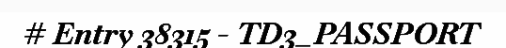
# Entry 38315 - TD3_PASSPORT